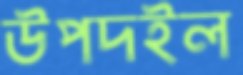
উপদইল